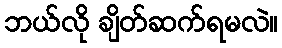
ဘယ်လို ချိတ်ဆက်ရမလဲ။